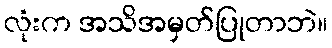
လုံးက အသိအမှတ်ပြုတာဘဲ။